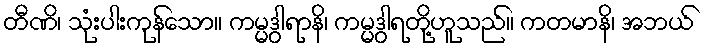
တီဏိ၊ သုံးပါးကုန်သော။ ကမ္မဒွါရာနိ၊ ကမ္မဒွါရတို့ဟူသည်။ ကတမာနိ၊ အဘယ်